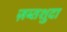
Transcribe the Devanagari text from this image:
ज़ब्तशुदा